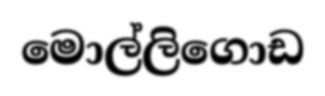
මොල්ලිගොඩ